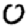
Digit: 0